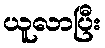
ယူလာပြီး